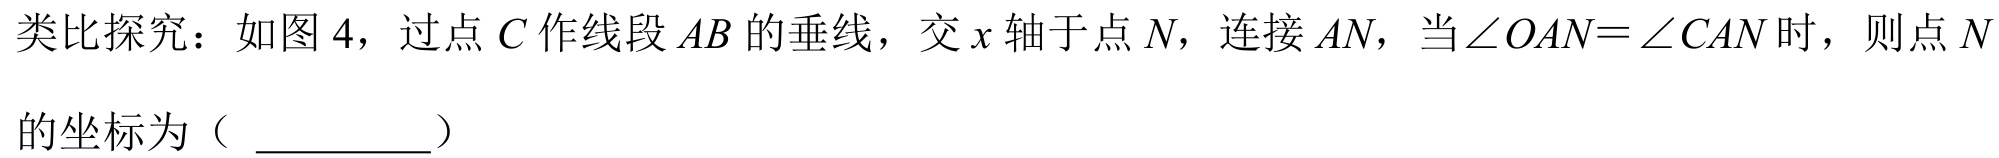
类比探究：如图 4，过点$C$作线段$AB$的垂线，交$x$轴于点$N$，连接$AN$，当$\angle OAN = \angle CAN$时，则点$N$
的坐标为（ \_\_\_\_\_\_）